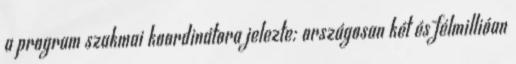
a program szakmai koordinátora jelezte: országosan két és félmillióan